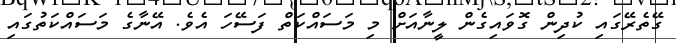
ގޭތެރޭގައި ކުދިން ގޮވައިގެން ލީނާއަށް މި މަސައްކަތް ފަސޭހަ އެވެ. އޭނާގެ މަސައްކަތުގައި